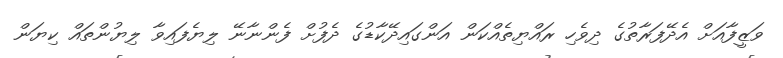
ވަޒީފާއަށް އެދޭފަރާތުގެ ދިވެހި ރައްޔިތެއްކަން އަންގައިދޭކާޑުގެ ދެފުށް ފެންނާނޭ ލިޔެފައިވާ ލިޔުންތައް ކިޔަން